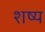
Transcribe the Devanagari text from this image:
शष्य